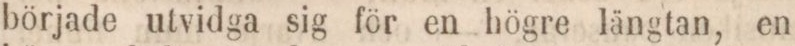
började utvidga sig för en högre längtan, en